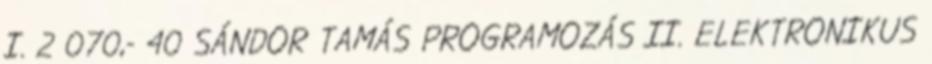
I. 2 070,- 40 SÁNDOR TAMÁS PROGRAMOZÁS II. ELEKTRONIKUS